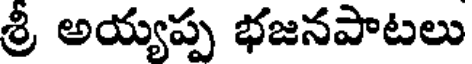
శ్రీ అయ్యప్ప భజనపాటలు